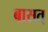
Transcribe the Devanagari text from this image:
बासत्